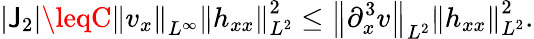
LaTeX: |\mathsf{J}_{2}|\leqC\left\| v_{x}\right\| _{L^{\infty}}\left\| h_{xx}\right\| _{L^{2}}^{2}\leq\left\| \partial_{x}^{3}v\right\| _{L^{2}}\left\| h_{xx}\right\| _{L^{2}}^{2}.